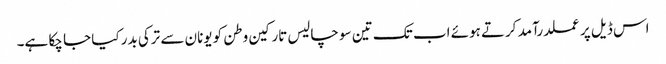
اس ڈیل پر عملدرآمد کرتے ہوئے اب تک تین سو چالیس تارکین وطن کو یونان سے ترکی بدر کیا جا چکا ہے۔